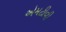
એમટીવી